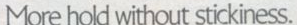
More hold without stickiness.